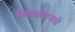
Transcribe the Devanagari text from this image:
मॅककरानचे